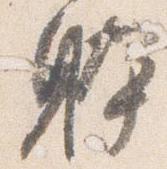
躰